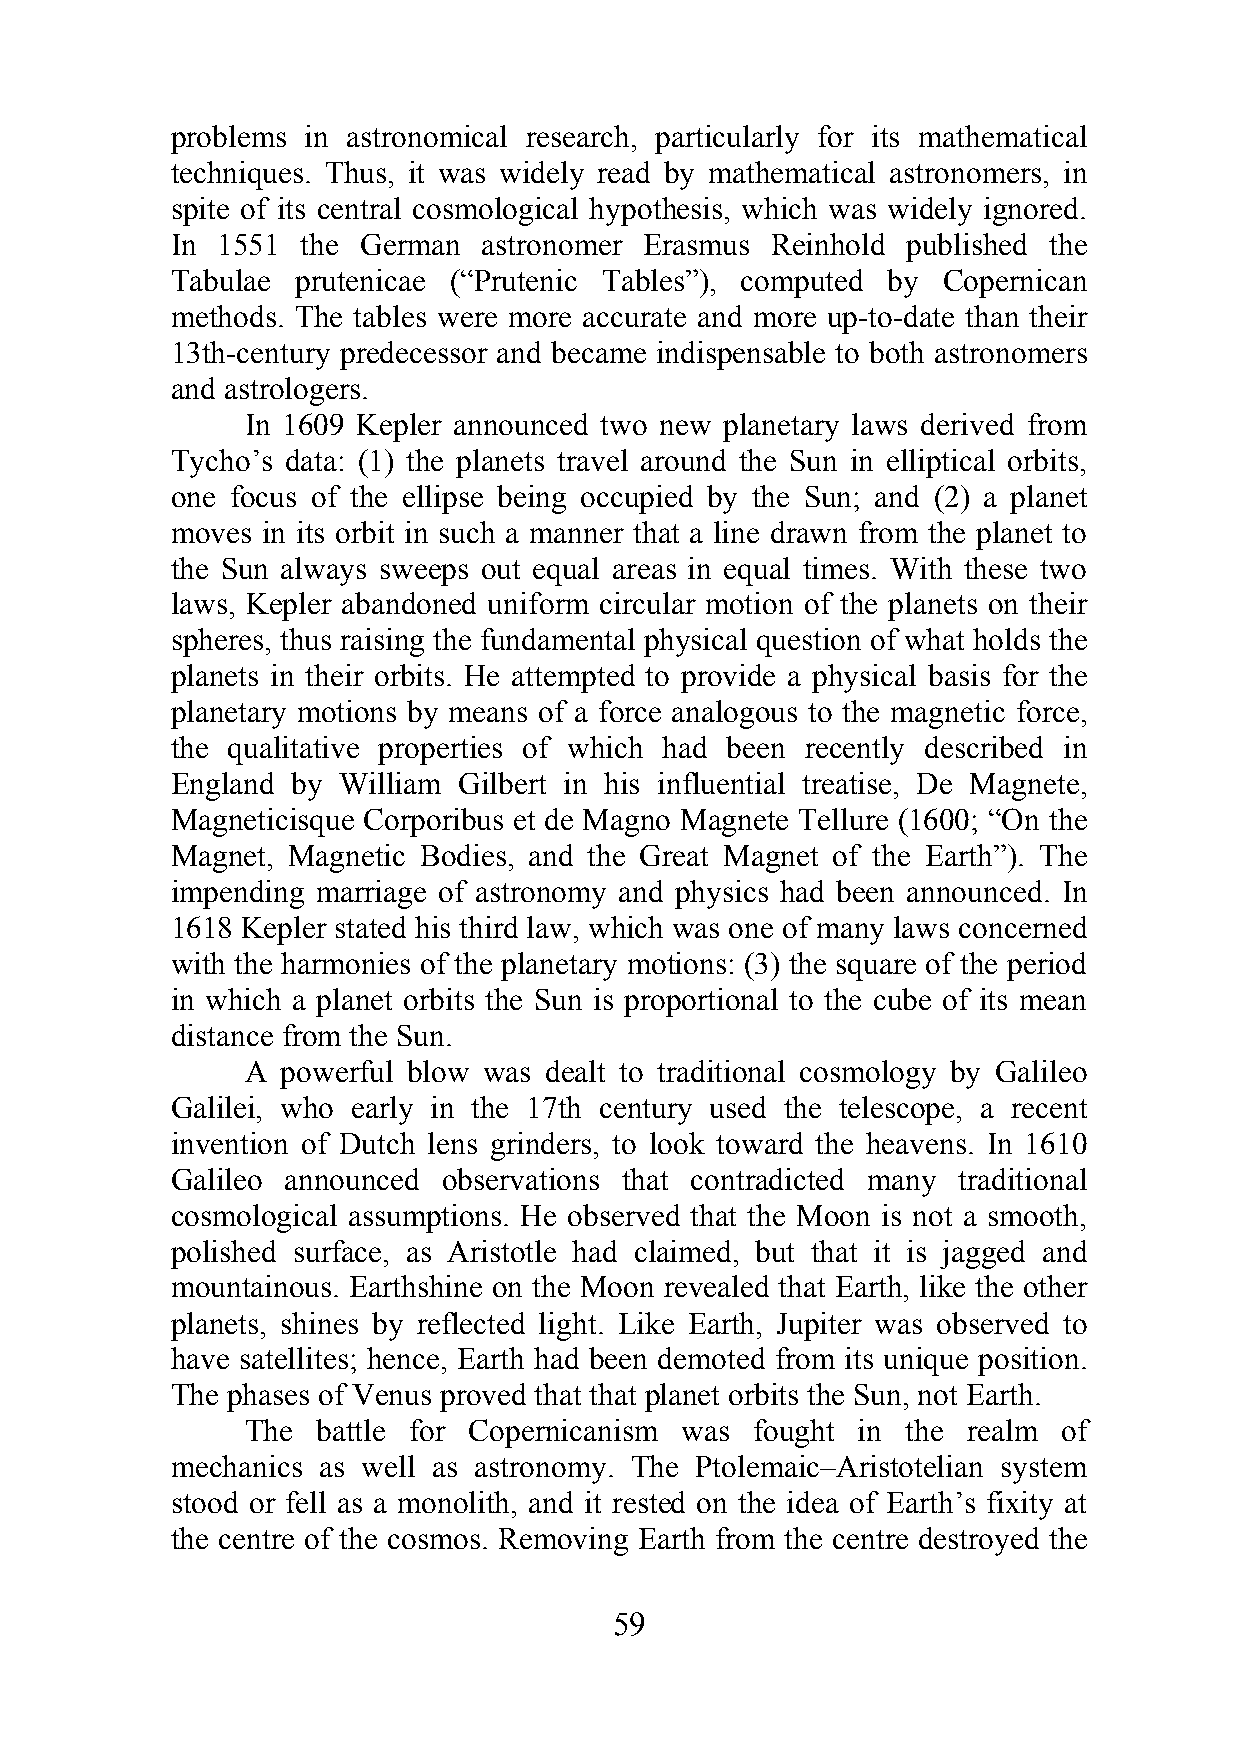
problems in astronomical research, particularly for its mathematical
 techniques. Thus, it was widely read by mathematical astronomers, in
 spite of its central cosmological hypothesis, which was widely ignored.
 In 1551  the German  astronomer Erasmus Reinhold published the
 Tabulae  prutenicae (“Prutenic Tables”), computed by Copernican
 methods. The tables were more accurate and more up-to-date than their
 13th-century predecessor and became indispensable to both astronomers
 and astrologers.
 In 1609 Kepler announced two new planetary laws derived from
 Tycho’s data: (1) the planets travel around the Sun in elliptical orbits,
 one focus of the ellipse being occupied by the Sun; and (2) a planet
 moves in its orbit in such a manner that a line drawn from the planet to
 the Sun always sweeps out equal areas in equal times. With these two
 laws, Kepler abandoned uniform circular motion of the planets on their
 spheres, thus raising the fundamental physical question of what holds the
 planets in their orbits. He attempted to provide a physical basis for the
 planetary motions by means of a force analogous to the magnetic force,
 the qualitative properties of which had been recently described in
 England by William Gilbert in his influential treatise, De Magnete,
 Magneticisque Corporibus et de Magno Magnete Tellure (1600; “On the
 Magnet, Magnetic Bodies, and the Great Magnet of the Earth”). The
 impending marriage of astronomy and physics had been announced. In
 1618 Kepler stated his third law, which was one of many laws concerned
 with the harmonies of the planetary motions: (3) the square of the period
 in which a planet orbits the Sun is proportional to the cube of its mean
 distance from the Sun.
 A  powerful blow was dealt to traditional cosmology by Galileo
 Galilei, who early in the 17th century used the telescope, a recent
 invention of Dutch lens grinders, to look toward the heavens. In 1610
 Galileo announced observations that contradicted many traditional
 cosmological assumptions. He observed that the Moon is not a smooth,
 polished surface, as Aristotle had claimed, but that it is jagged and
 mountainous. Earthshine on the Moon revealed that Earth, like the other
 planets, shines by reflected light. Like Earth, Jupiter was observed to
 have satellites; hence, Earth had been demoted from its unique position.
 The phases of Venus proved that that planet orbits the Sun, not Earth.
 The  battle for Copernicanism was fought in the realm of
 mechanics as well as astronomy. The Ptolemaic–Aristotelian system
 stood or fell as a monolith, and it rested on the idea of Earth’s fixity at
 the centre of the cosmos. Removing Earth from the centre destroyed the
 59